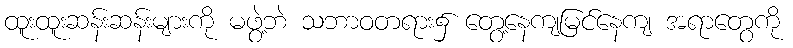
ထူးထူးဆန်းဆန်းများကို မဖွဲ့ဘဲ သဘာဝတရား၌ တွေ့နေကျမြင်နေကျ အရာတွေကို